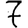
Digit: 7